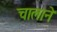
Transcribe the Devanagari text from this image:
चालाने